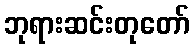
ဘုရားဆင်းတုတော်